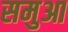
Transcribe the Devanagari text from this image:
समुआ